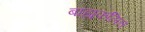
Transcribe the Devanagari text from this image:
बाह्यफलित